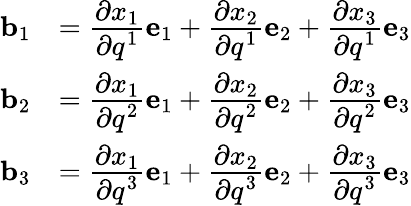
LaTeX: {\begin{array}{rl}{\mathbf{b}_{1}}&{={\cfrac{\partial x_{1}}{\partial q^{1}}}\mathbf{e}_{1}+{\cfrac{\partial x_{2}}{\partial q^{1}}}\mathbf{e}_{2}+{\cfrac{\partial x_{3}}{\partial q^{1}}}\mathbf{e}_{3}}\\ {\mathbf{b}_{2}}&{={\cfrac{\partial x_{1}}{\partial q^{2}}}\mathbf{e}_{1}+{\cfrac{\partial x_{2}}{\partial q^{2}}}\mathbf{e}_{2}+{\cfrac{\partial x_{3}}{\partial q^{2}}}\mathbf{e}_{3}}\\ {\mathbf{b}_{3}}&{={\cfrac{\partial x_{1}}{\partial q^{3}}}\mathbf{e}_{1}+{\cfrac{\partial x_{2}}{\partial q^{3}}}\mathbf{e}_{2}+{\cfrac{\partial x_{3}}{\partial q^{3}}}\mathbf{e}_{3}}\end{array}}